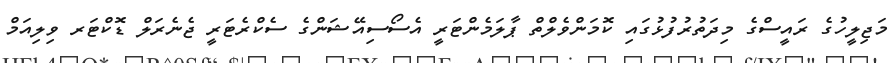
މަޖިލީހުގެ ރައީސްގެ މިދަތުރުފުޅުގައި ކޮމަންވެލްތް ޕާލަމެންޓަރީ އެސޯސިއޭޝަންގެ ސެކްރެޓަރީ ޖެނެރަލް ޑޮކްޓަރ ވިލިއަމް